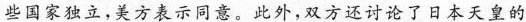
些国家独立，美方表示同意。此外，双方还讨论了日本天皇的